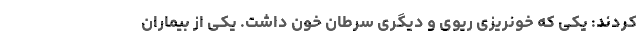
کردند: یکی که خونریزی ریوی و دیگری سرطان خون داشت. یکی از بیماران